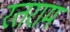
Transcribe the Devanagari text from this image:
रतराम